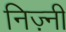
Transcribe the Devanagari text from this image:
निज़्नी